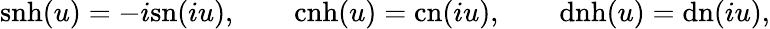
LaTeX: \mathrm{snh}(u)=-i\mathrm{sn}(iu),\qquad\mathrm{cnh}(u)=\mathrm{cn}(iu),\qquad\mathrm{dnh}(u)=\mathrm{dn}(iu),